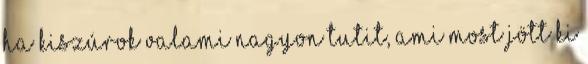
ha kiszúrok valami nagyon tutit, ami most jött ki